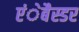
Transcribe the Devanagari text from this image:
एंेबैस्डर